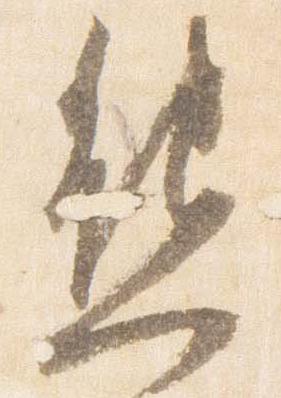
熊